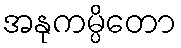
အနုကမ္ပိတော